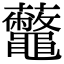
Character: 虌